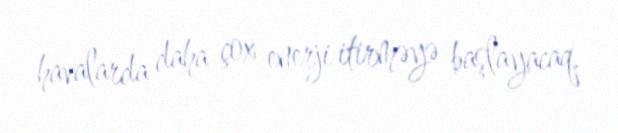
havalarda daha çox enerji itirməyə başlayacaq.